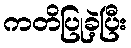
ကတိပြုခဲ့ပြီး